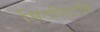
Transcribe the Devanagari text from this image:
सिटपिटाति